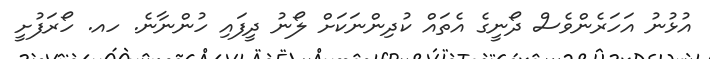
އުޅުނު އަހަރެންވެސް ދޯނީގެ އެތައް ކުދިންނަކަށް ލޯނު ދީފައި ހުންނާނެ. ހއ. ހޯރަފުށީ